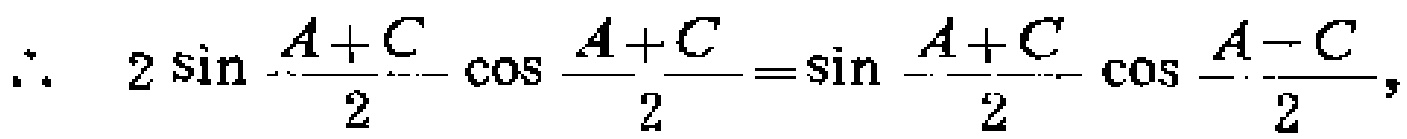
\(\therefore\ 2\sin \frac{A + C}{2}\cos \frac{A + C}{2}=\sin \frac{A + C}{2}\cos \frac{A - C}{2},\)